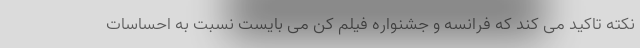
نکته تاکید می کند که فرانسه و جشنواره فیلم کن می بایست نسبت به احساسات